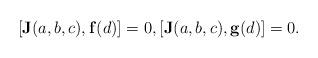
LaTeX: \begin{align*}[\mathbf{J}(a,b,c),\mathbf{f}(d)]=0,[\mathbf{J}(a,b,c),\mathbf{g}(d)]=0.\end{align*}